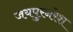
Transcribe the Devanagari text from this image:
जयपुरनरेश